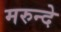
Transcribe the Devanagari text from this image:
मरुन्दे